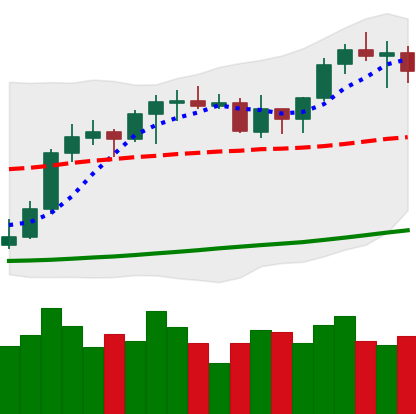
Ticker: ETH-USD
Chart end date: 2021-10-18
Forward return: 11.281%
Label: up_7plus